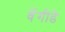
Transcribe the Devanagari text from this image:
वेंगीडे